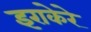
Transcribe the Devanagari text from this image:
इराकेरे